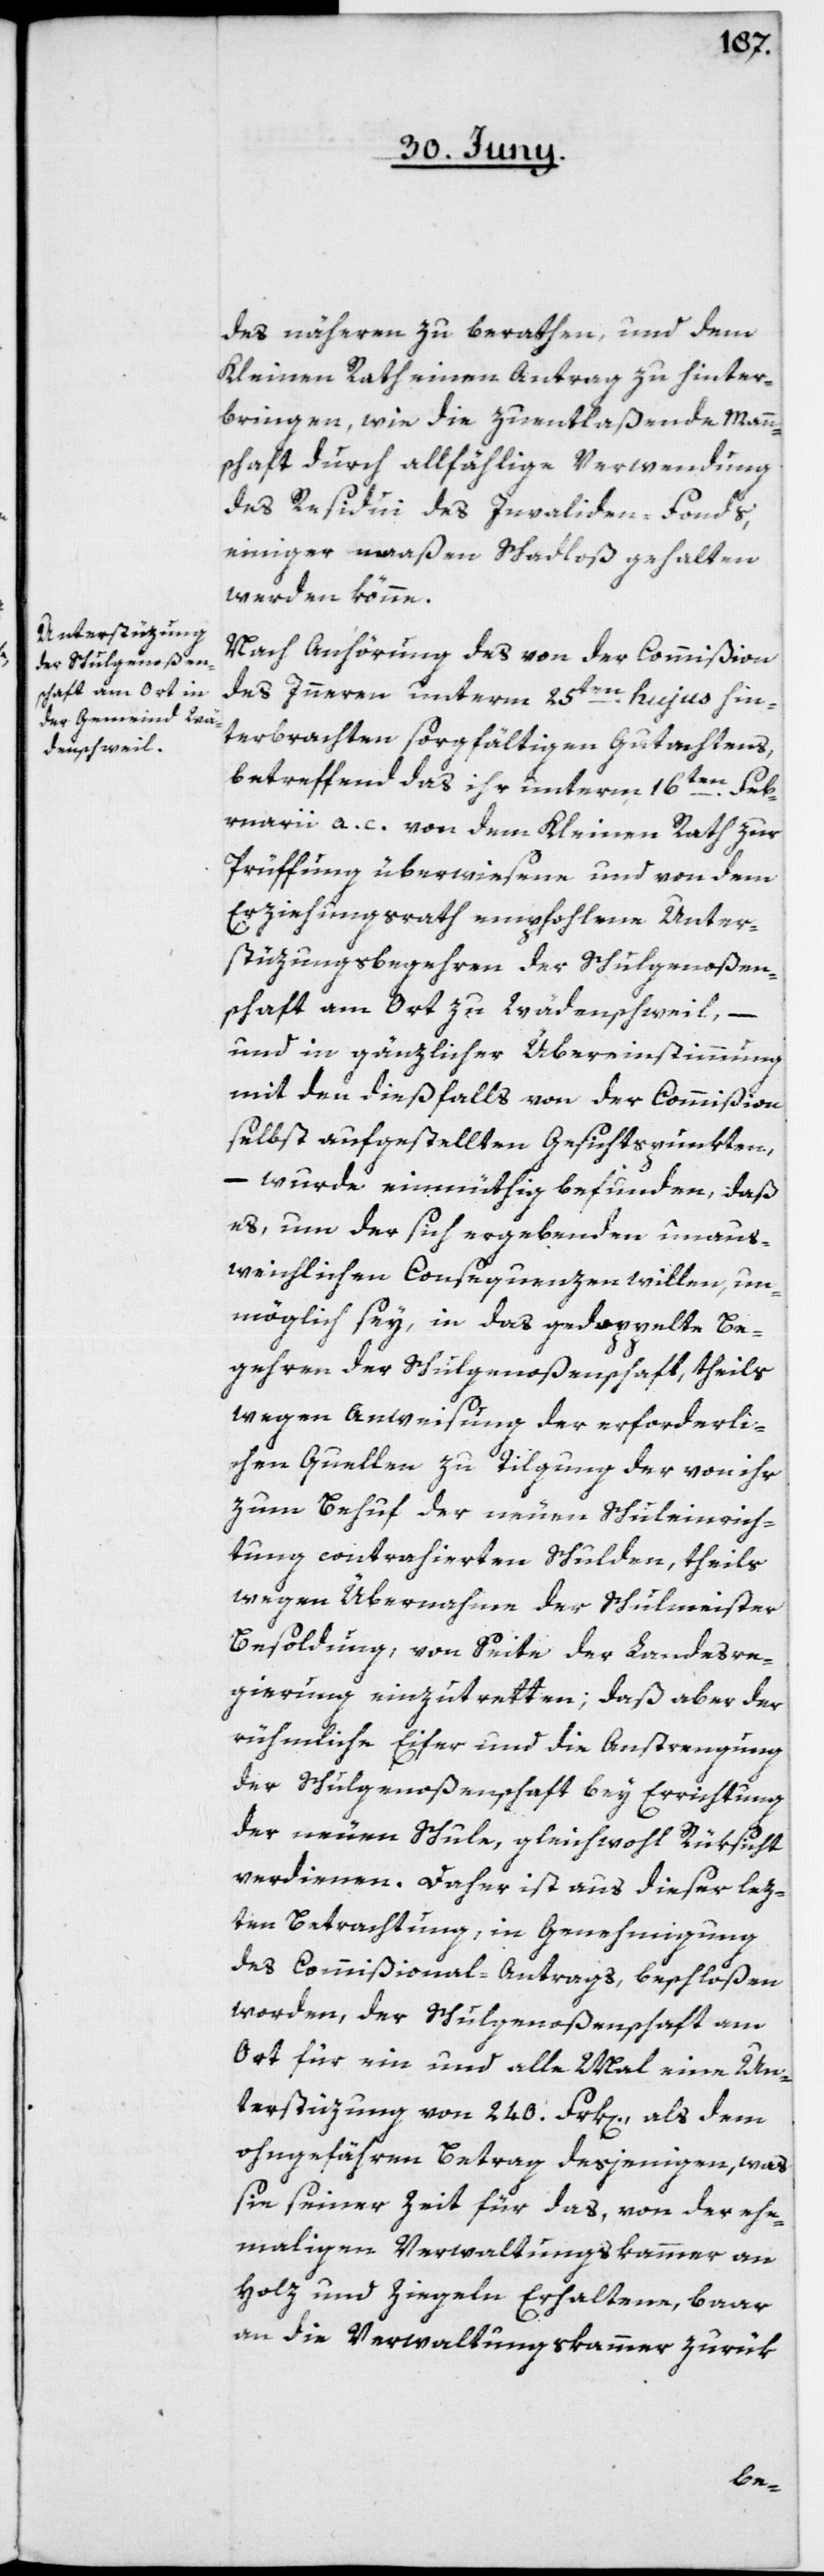
des näheren zu berathen, und dem
Kleinen Rath einen Antrag zu hinter¬
bringen, wie die zu entlaßende Mann¬
schaft durch allfählige Verwendung
des Residui des Invaliden-Fonds,
einiger maaßen schadloß gehalten
werden könne.
Nach Anhörung des von der Commißion
des Innern unterm 25ten hujus hin¬
terbrachten sorgfältigen Gutachtens,
betreffend das ihr unterm 16ten Feb¬
ruarii a. c. von dem Kleinen Rath zur
Prüffung überwiesene und von dem
Erziehungsrath empfohlene Unter¬
stüzungsbegehren der Schulgenoßen¬
schaft am Ort zu Wädenschweil, –
und in gänzlicher Übereinstimmung
mit den dießfalls von der Commißion
selbst aufgestellten Gesichtspunkten,
– wurde einmüthig befunden, daß
es, um der sich ergebenden unaus¬
weichlichen Consequenzen willen, un¬
möglich sey, in das gedoppelte Be¬
gehren der Schulgenoßenschaft, theils
wegen Anweisung der erforderli¬
chen Quellen zu Tilgung der von ihr
zum Behuf der neuen Schuleinrich¬
tung contrahierten Schulden, theils
wegen Übernahme der Schulmeister-B¬
esoldung, von Seite der Landesre¬
gierung einzutretten, daß aber der
rühmliche Eifer und die Anstrengung
der Schulgenoßenschaft bey Errichtung
der neuen Schule, gleichwohl Rüksicht
verdienen. Daher ist aus dieser lez¬
ten Betrachtung, in Genehmigung
des Commißional-Antrags, beschloßen
worden, der Schulgenoßenschaft am
Ort für ein und alle Mal eine Un¬
terstüzung von 240. Frk[en]., als dem
ungefähren Betrag desjenigen, was
sie seiner Zeit für das, von der ehe¬
maligen Verwaltungskammer an
Holz und Ziegeln Erhaltene, baar
an die Verwaltungskammer zurük-